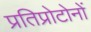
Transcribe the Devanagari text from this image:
प्रतिप्रोटोनों